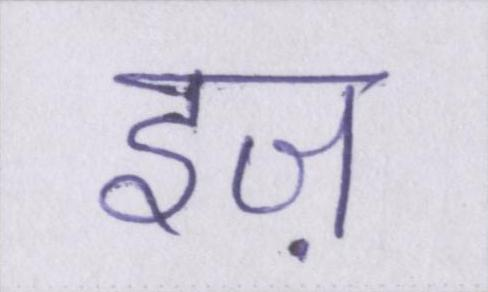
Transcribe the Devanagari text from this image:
इज़